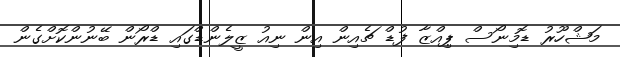
މަޝްހޫރު ޑޮމިނޯސް ޕިއްޒާ ފުޑް ޗެއިން އިން ނިއު ޒީލެންޑްގައި ޑްރޯން ބޭނުންކޮށްގެން